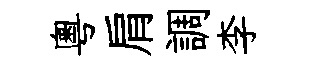
粵肩調李